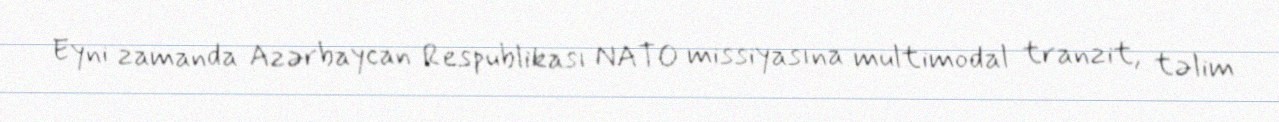
Eyni zamanda Azərbaycan Respublikası NATO missiyasına multimodal tranzit, təlim